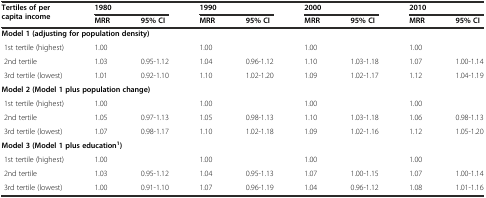
| <ROWSPAN=2> Tertiles of per capita income | <COLSPAN=2> 1980 | <COLSPAN=2> 1990 | <COLSPAN=2> 2000 | <COLSPAN=2> 2010 |
 | MRR | 95% CI | MRR | 95% CI | MRR | 95% CI | MRR | 95% CI |
 | --- | --- | --- | --- | --- | --- | --- | --- | --- |
 | <COLSPAN=9> Model 1 (adjusting for population density) |
 | 1st tertile (highest) | 1.00 |  | 1.00 |  | 1.00 |  | 1.00 |  |
 | 2nd tertile | 1.03 | 0.95-1.12 | 1.04 | 0.96-1.12 | 1.10 | 1.03-1.18 | 1.07 | 1.00-1.14 |
 | 3rd tertile (lowest) | 1.01 | 0.92-1.10 | 1.10 | 1.02-1.20 | 1.09 | 1.02-1.17 | 1.12 | 1.04-1.19 |
 | <COLSPAN=9> Model 2 (Model 1 plus population change) |
 | 1st tertile (highest) | 1.00 |  | 1.00 |  | 1.00 |  | 1.00 |  |
 | 2nd tertile | 1.05 | 0.97-1.13 | 1.05 | 0.98-1.13 | 1.10 | 1.03-1.18 | 1.06 | 0.98-1.13 |
 | 3rd tertile (lowest) | 1.07 | 0.98-1.17 | 1.10 | 1.02-1.18 | 1.09 | 1.02-1.16 | 1.12 | 1.05-1.20 |
 | <COLSPAN=9> Model 3 (Model 1 plus education1) |
 | 1st tertile (highest) | 1.00 |  | 1.00 |  | 1.00 |  | 1.00 |  |
 | 2nd tertile | 1.03 | 0.95-1.12 | 1.04 | 0.95-1.13 | 1.07 | 1.00-1.15 | 1.07 | 1.00-1.14 |
 | 3rd tertile (lowest) | 1.00 | 0.91-1.10 | 1.07 | 0.96-1.19 | 1.04 | 0.96-1.12 | 1.08 | 1.01-1.16 |